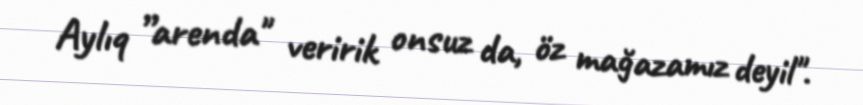
Aylıq ”arenda" veririk onsuz da, öz mağazamız deyil".